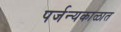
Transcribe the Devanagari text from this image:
पर्जन्यकाळात